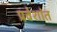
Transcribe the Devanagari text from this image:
प्रवेशांत